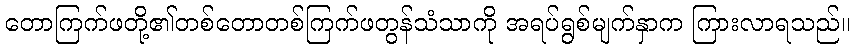
တောကြက်ဖတို့၏တစ်တောတစ်ကြက်ဖတွန်သံသာကို အရပ်ရွစ်မျက်နှာက ကြားလာရသည်။